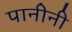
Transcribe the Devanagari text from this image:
पानीनी